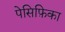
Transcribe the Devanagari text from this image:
पेसिफ़िका